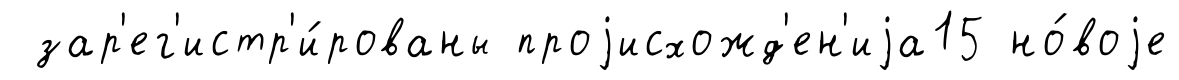
зар'ег'истр'и́рованы проjисхожд'ен'иjа15 но́воjе